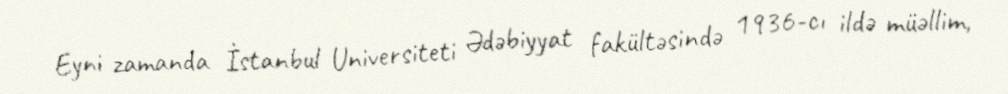
Eyni zamanda İstanbul Universiteti Ədəbiyyat fakültəsində 1936-cı ildə müəllim,